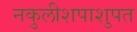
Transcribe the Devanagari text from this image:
नकुलीशपाशुपत